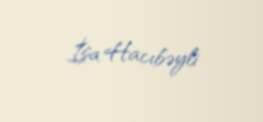
İsa Hacıbəyli